Civil Veterinary Dept. Bombay admin report 1893-99 - 1893-1899
Year: 1893
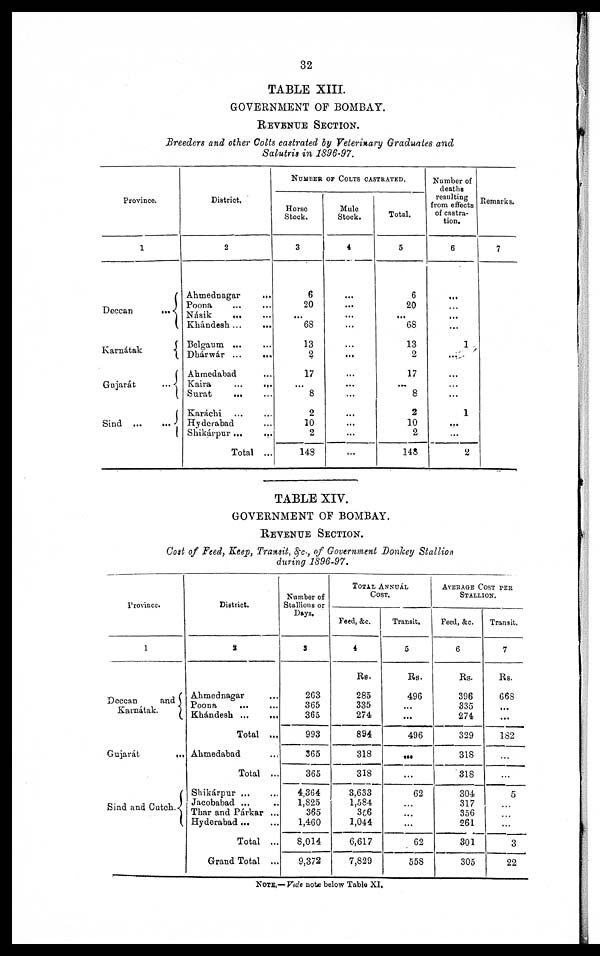
32
TABLE XIII.
GOVERNMENT OF BOMBAY.
REVENUE SECTION.
Breeders and other Colts castrated by Veterinary Graduates and
Salutris in 1896-97.
Province.
1
Deccan
...
Karnátak
Gujarát
...
Sind
...
...
District.
2
Ahmednagar
...
Poona ... ...
Násik
...
...
Khándesh ...
...
Belgaum ... ...
Dhárwár ...
...
Ahmedabad ...
Kaira
...
...
Surat
... ...
Karachi ... ...
Hyderabad
Shikárpur ...
...
Total
...
NUMBER OF COLTS CASTRATED.
Horse
Stock.
3
6
20
...
68
13
2
17
...
8
2
10
2
148
Mule
Stock.
4
...
...
...
...
...
...
...
...
...
...
...
...
...
Total.
5
6
20
...
68
13
2
17
...
8
2
10
2
148
Number of
deaths
resulting
from effects
of castra-
tion.
6
...
...
...
...
1
...
...
...
1
...
...
2
Remarks.
7
TABLE XIV.
GOVERNMENT OF BOMBAY.
REVENUE SECTION.
Cost of Feed, Keep, Transit, &c., of Government Donkey Stallion
during 1896-97.
Province.
1
Deccan
and
Karnátak.
Gujarát
...
Sind and
Cutch.
District.
2
Ahmednagar ...
Poona ... ...
Khándesh ...
...
Total
...
Ahmedabad ...
Total
...
Shikárpur ... ...
Jacobabad ... ...
Thar and Párkar ...
Hyderabad ...
Total
...
Grand Total
...
Number of
Stallions or
Days.
3
263
365
365
993
365
365
4,364
1,825
365
1,460
8,014
9,372
TOTAL ANNUAL
COST.
Feed, &c.
4
Rs.
285
335
274
894
318
318
3,633
1,584
356
1,044
6,617
7,829
Transit.
5
Rs.
496
...
...
496
...
...
62
...
...
...
62
558
AVERAGE COST PER
STALLION.
Feed, &c.
6
Rs.
396
335
274
329
318
318
304
317
356
261
301
305
Transit,
7
Rs.
668
...
...
182
...
...
5
...
...
...
3
22
NOTE.— Vide note below Table XI.